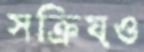
সক্রিয়ও